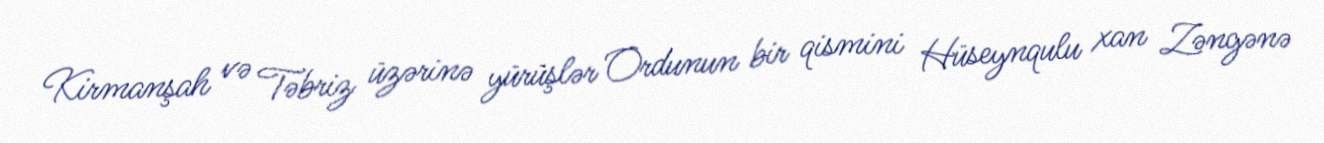
Kirmanşah və Təbriz üzərinə yürüşlər Ordunun bir qismini Hüseynqulu xan Zəngənə